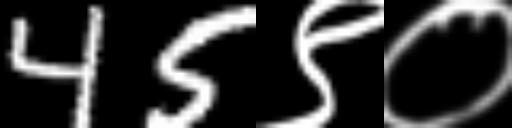
Text: 45९०